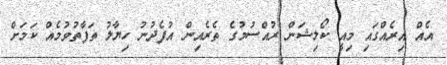
އެއް އިރެއްގައި މިއީ ކޯލިޝަން ރުއްސުމުގެ ތެރެއިން އުފެދުނު ހިޔާލު ތަފާތުވުމެއް ކަމަށް